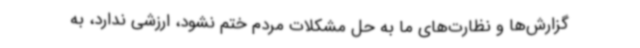
گزارش‌ها و نظارت‌های ما به حل مشکلات مردم ختم نشود، ارزشی ندارد، به